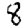
Digit: 8